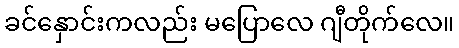
ခင်နှောင်းကလည်း မပြောလေ ဂျီတိုက်လေ။